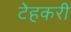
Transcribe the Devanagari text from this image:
टेहकरी